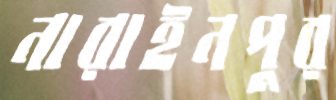
নারাইনপুর